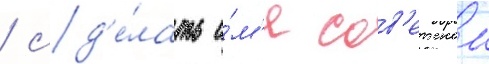
/ сд'е́лать и́м'я сов'етскои